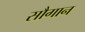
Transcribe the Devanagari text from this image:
सौगान